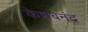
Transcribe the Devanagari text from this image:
केशबनंद